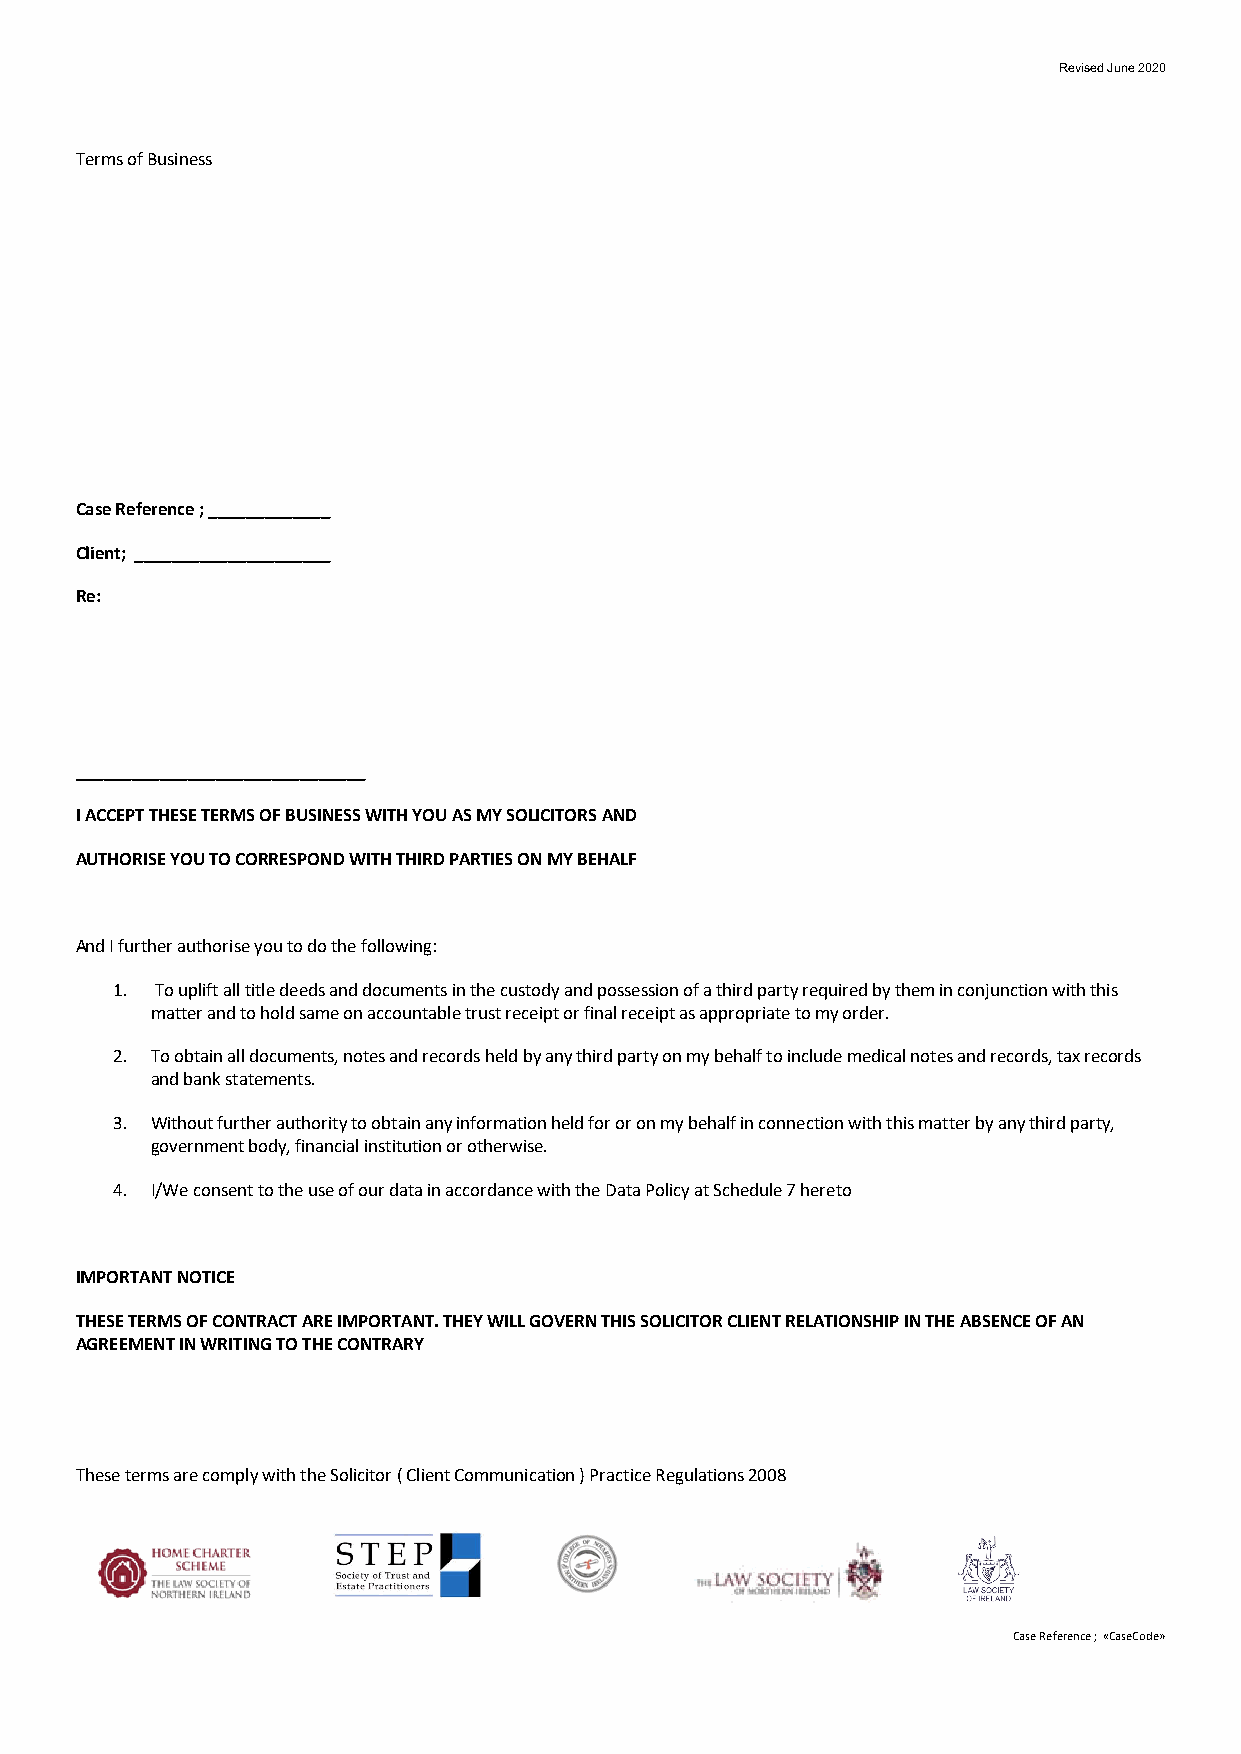
Revised June 2020
 Terms of Business
 Case Reference ; _____________
 Client; _____________________
 Re:
 _______________________________
 I ACCEPT THESE TERMS OF BUSINESS WITH YOU AS MY SOLICITORS AND
 AUTHORISE YOU TO CORRESPOND WITH THIRD PARTIES ON MY BEHALF
 And I further authorise you to do the following:
 1. To uplift all title deeds and documents in the custody and possession of a third party required by them in conjunction with this
 matter and to hold same on accountable trust receipt or final receipt as appropriate to my order.
 2. To obtain all documents, notes and records held by any third party on my behalf to include medical notes and records, tax records
 and bank statements.
 3. Without further authority to obtain any information held for or on my behalf in connection with this matter by any third party,
 government body, financial institution or otherwise.
 4. I/We consent to the use of our data in accordance with the Data Policy at Schedule 7 hereto
 IMPORTANT NOTICE
 THESE TERMS OF CONTRACT ARE IMPORTANT. THEY WILL GOVERN THIS SOLICITOR CLIENT RELATIONSHIP IN THE ABSENCE OF AN
 AGREEMENT IN WRITING TO THE CONTRARY
 These terms are comply with the Solicitor ( Client Communication ) Practice Regulations 2008
 Case Reference ; «CaseCode»